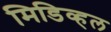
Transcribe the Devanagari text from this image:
मिडिव्हल